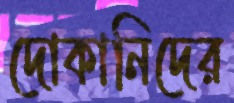
দোকানিদের